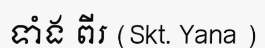
ទាំង ពីរ (Skt. Yana )